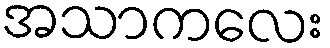
အသာကလေး